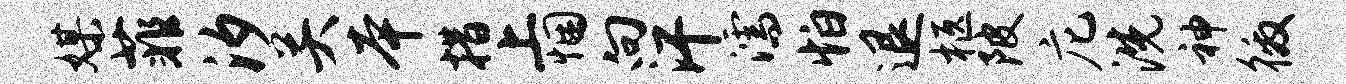
媒菲汐关本措上悃向汗濡怕退柩陂庀洗神徼